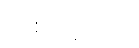
တစ်နေ့သော်